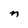
Character: M